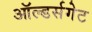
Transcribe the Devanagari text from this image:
ऑल्डर्सगेट